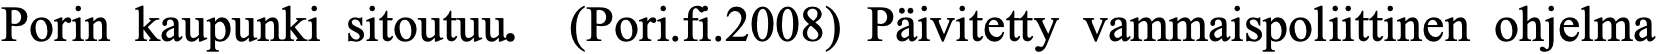
Porin kaupunki sitoutuu. (Pori.fi.2008) Päivitetty vammaispoliittinen ohjelma